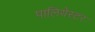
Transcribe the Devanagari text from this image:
पालियेस्टर